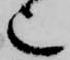
也